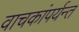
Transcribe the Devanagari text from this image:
वाचकांपर्यन्त